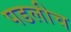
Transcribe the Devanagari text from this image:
पडलीच